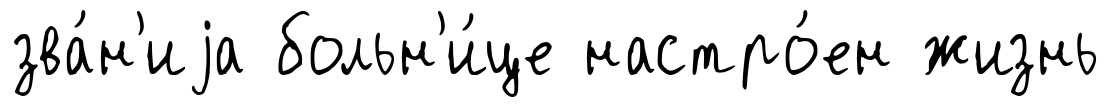
зва́н'иjа больн'и́це настро́ен жизнь